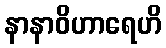
နာနာဝိဟာရေဟိ